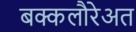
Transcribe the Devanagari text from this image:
बक्कलौरेअत